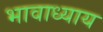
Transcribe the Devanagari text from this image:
भावाध्याय